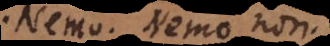
Nemo. Nemo non.